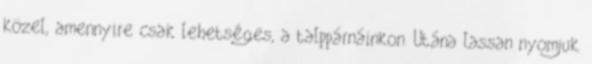
közel, amennyire csak lehetséges, a talppárnáinkon. Utána lassan nyomjuk